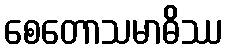
စေတောသမာဓိဿ